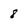
Character: 8